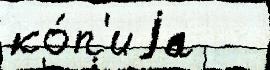
ко́п'иjа